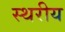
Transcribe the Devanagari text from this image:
स्थरीय